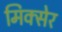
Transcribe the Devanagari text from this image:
मिक्सेर